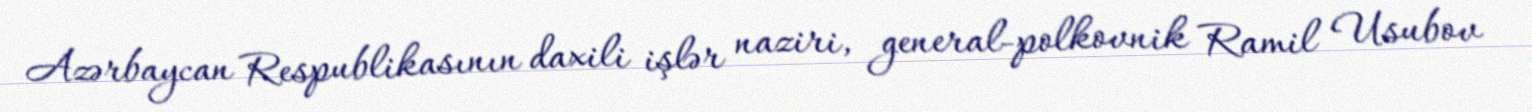
Azərbaycan Respublikasının daxili işlər naziri, general-polkovnik Ramil Usubov